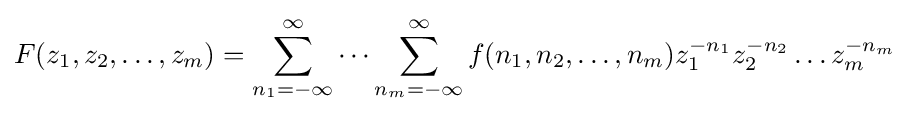
F(z_{1},z_{2},\ldots ,z_{m})=\sum _{n_{1}=-\infty }^{\infty }\cdots \sum _{n_{m}=-\infty }^{\infty }f(n_{1},n_{2},\ldots ,n_{m})z_{1}^{-n_{1}}z_{2}^{-n_{2}}\ldots z_{m}^{-n_{m}}